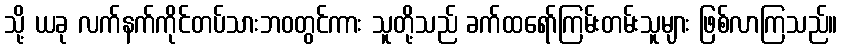
သို့ ယခု လက်နက်ကိုင်တပ်သားဘဝတွင်ကား သူတို့သည် ခက်ထရော်ကြမ်းတမ်းသူများ ဖြစ်လာကြသည်။